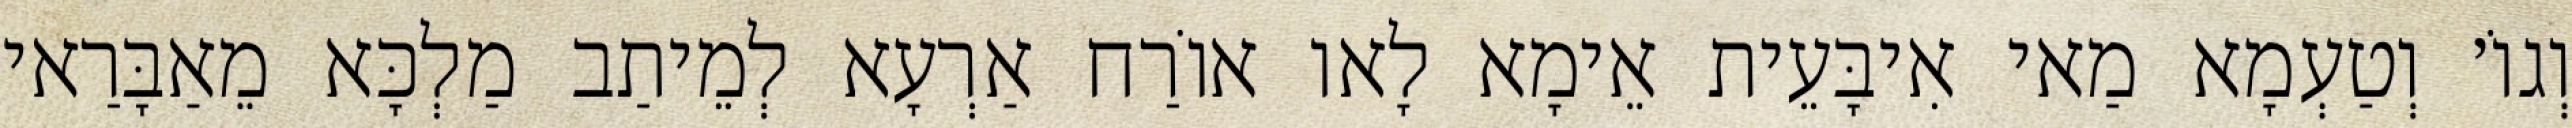
וְגוֹ׳ וְטַעְמָא מַאי אִיבָּעֵית אֵימָא לָאו אוֹרַח אַרְעָא לְמֵיתַב מַלְכָּא מֵאַבָּרַאי